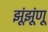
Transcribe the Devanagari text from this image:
झूंझूंणू